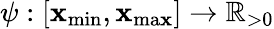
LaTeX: \psi:[\mathbf{x}_{\mathrm{{min}}},\mathbf{x}_{\mathrm{{ma\mathbf{x}}}}]\to\mathbb{{R}}_{>0}